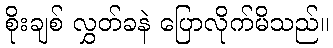
စိုးချစ် လွှတ်ခနဲ ပြောလိုက်မိသည်။